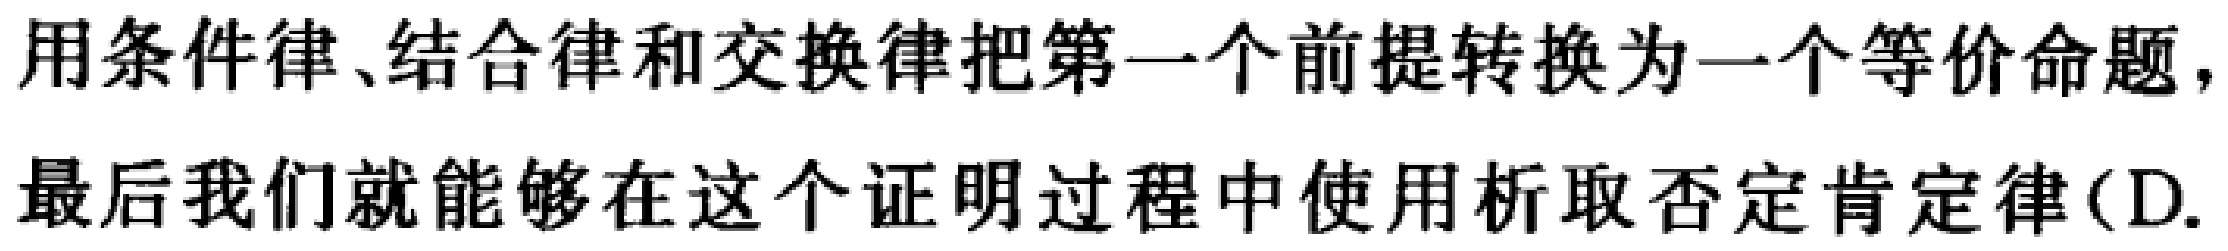
用条件律、结合律和交换律把第一个前提转换为一个等价命题，
最后我们就能够在这个证明过程中使用析取否定肯定律（D.